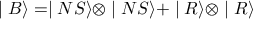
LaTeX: \mid B \rangle = \mid N S \rangle \otimes \mid N S \rangle + \mid R \rangle \otimes \mid R \rangle